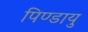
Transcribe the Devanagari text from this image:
पिण्डायु